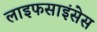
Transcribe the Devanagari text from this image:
लाइफसाइंसेस